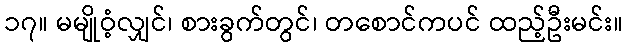
၁၇။ မမျိုဝံ့လျှင်၊ စားခွက်တွင်၊ တစောင်ကပင် ထည့်ဦးမင်း။